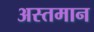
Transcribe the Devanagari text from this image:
अस्तमान